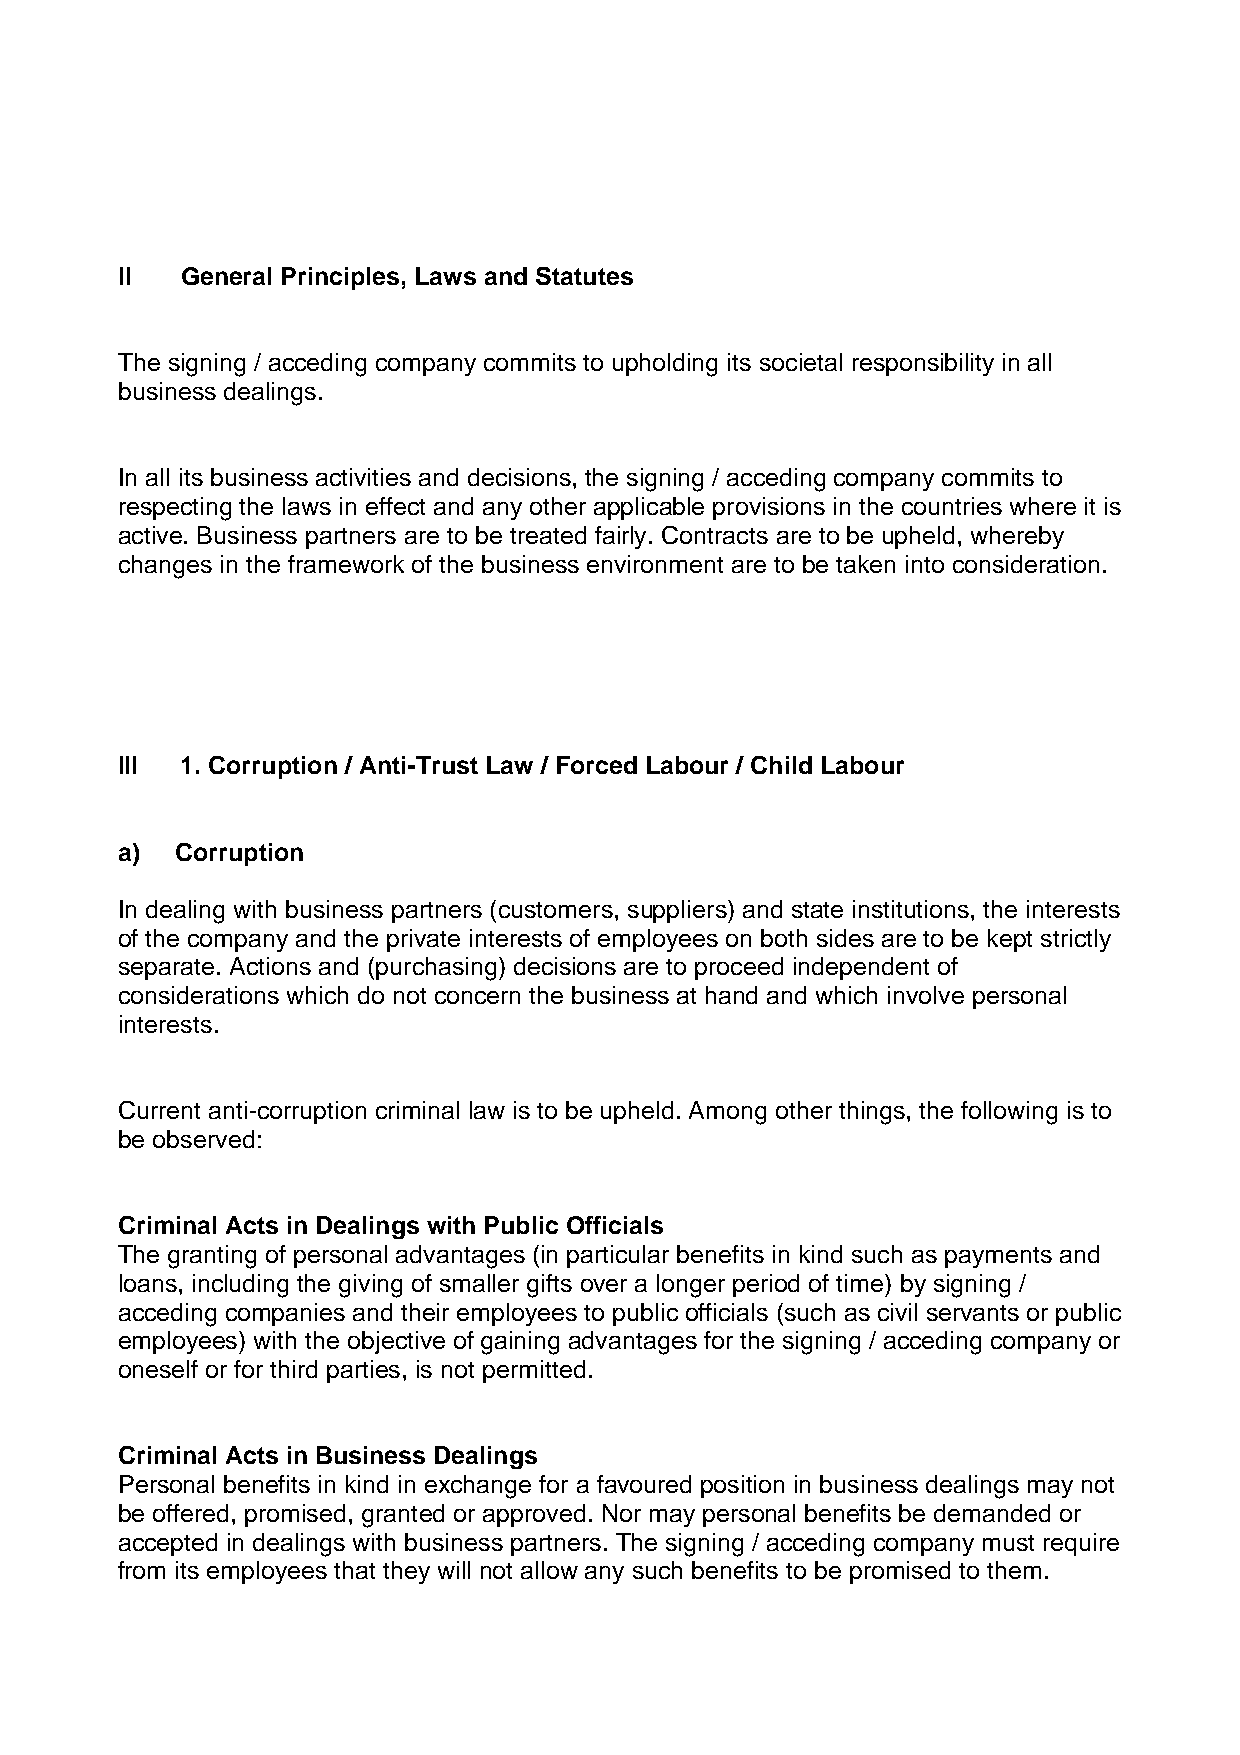
II  General Principles, Laws and Statutes
 The signing / acceding company commits to upholding its societal responsibility in all
 business dealings.
 In all its business activities and decisions, the signing / acceding company commits to
 respecting the laws in effect and any other applicable provisions in the countries where it is
 active. Business partners are to be treated fairly. Contracts are to be upheld, whereby
 changes in the framework of the business environment are to be taken into consideration.
 III 1. Corruption / Anti-Trust Law / Forced Labour / Child Labour
 a)  Corruption
 In dealing with business partners (customers, suppliers) and state institutions, the interests
 of the company and the private interests of employees on both sides are to be kept strictly
 separate. Actions and (purchasing) decisions are to proceed independent of
 considerations which do not concern the business at hand and which involve personal
 interests.
 Current anti-corruption criminal law is to be upheld. Among other things, the following is to
 be observed:
 Criminal Acts in Dealings with Public Officials
 The granting of personal advantages (in particular benefits in kind such as payments and
 loans, including the giving of smaller gifts over a longer period of time) by signing /
 acceding companies and their employees to public officials (such as civil servants or public
 employees) with the objective of gaining advantages for the signing / acceding company or
 oneself or for third parties, is not permitted.
 Criminal Acts in Business Dealings
 Personal benefits in kind in exchange for a favoured position in business dealings may not
 be offered, promised, granted or approved. Nor may personal benefits be demanded or
 accepted in dealings with business partners. The signing / acceding company must require
 from its employees that they will not allow any such benefits to be promised to them.